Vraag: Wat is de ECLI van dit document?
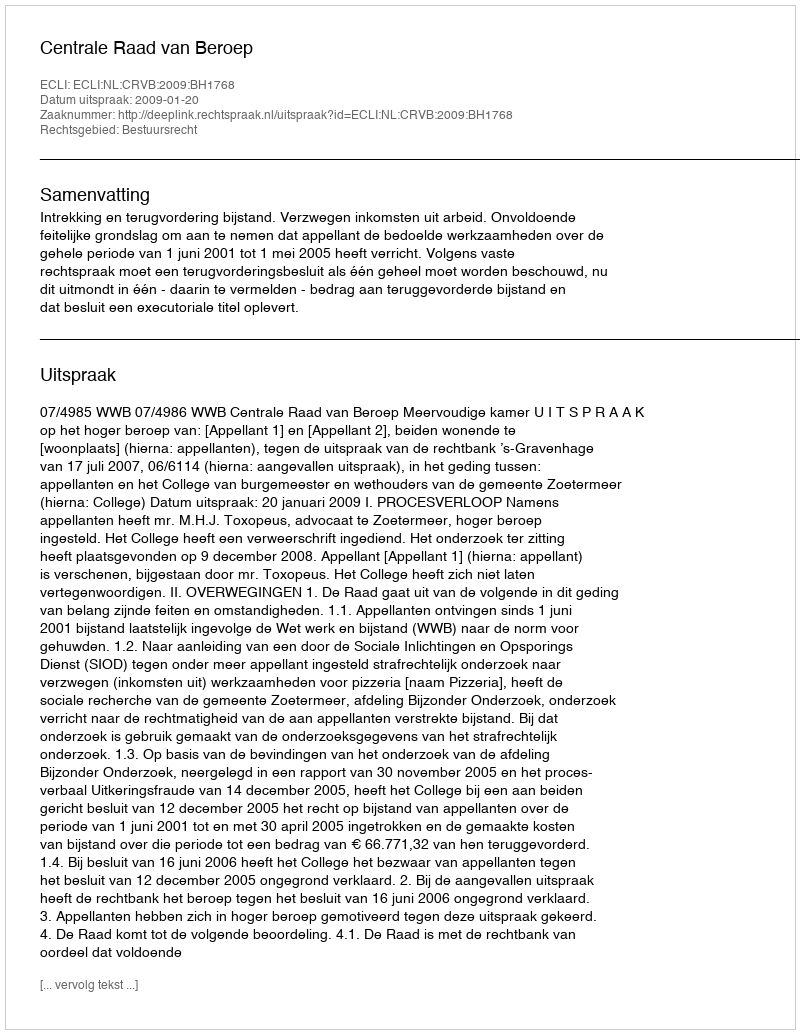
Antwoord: ECLI:NL:CRVB:2009:BH1768